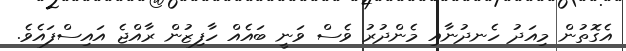
އެގޮތުން މިއަދު ހެނދުނާއި މެންދުރު ވެސް ވަނީ ބައެއް ހާފިޒުން ރާއްޖެ އައިސްފައެވެ.